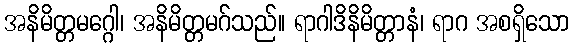
အနိမိတ္တမဂ္ဂေါ၊ အနိမိတ္တမဂ်သည်။ ရာဂါဒိနိမိတ္တာနံ၊ ရာဂ အစရှိသော